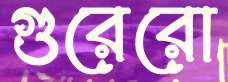
গুরেরো